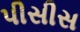
પીસીસ